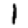
Digit: 1